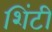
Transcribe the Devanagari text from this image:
शिंटी